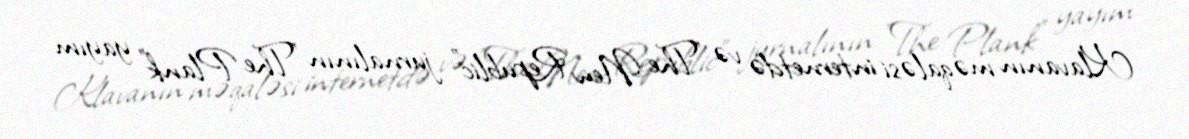
Klavanın məqaləsi internetdə və "The New Republic" jurnalının "The Plank" yayım